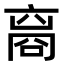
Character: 𬽘